Report of the Indian Hemp Drugs Commission, 1894-1895 - Volume IV
Year: 1894
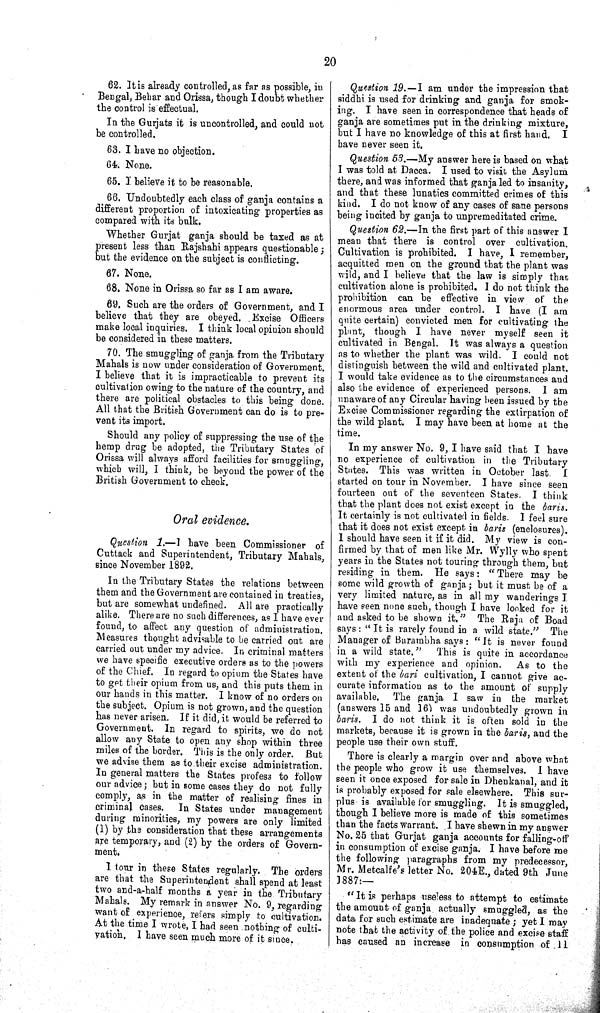
20
62. It is already controlled, as far as possible, in
Bengal, Behar and Orissa, though I doubt whether
the control is effectual.
In the Gurjats it is uncontrolled, and could not
be controlled.
63. I have no objection.
64. None.
65. I believe it to be reasonable.
66. Undoubtedly each class of ganja contains a
different proportion of intoxicating properties as
compared with its bulk.
Whether Gurjat ganja should be taxed as at
present less than Rajshahi appears questionable;
but the evidence on the subject is conflicting.
67. None.
68. None in Orissa so far as I am aware.
69. Such are the orders of Government, and I
believe that they are obeyed. Excise Officers
make local inquiries. I think local opinion should
be considered in these matters.
70. The smuggling of ganja from the Tributary
Mahals is now under consideration of Government.
I believe that it is impracticable to prevent its
cultivation owing to the nature of the country, and
there are political obstacles to this being done.
All that the British Government can do is to pre-
vent its import.
Should any policy of suppressing the use of the
hemp drug be adopted, the Tributary States of
Orissa will always afford facilities for smuggling,
which will, I think, be beyond the power of the
British Government to check.
Oral evidence.
Question 1.—I have been Commissioner of
Cuttack and Superintendent, Tributary Mahals,
since November 1892.
In the Tributary States the relations between
them and the Government are contained in treaties,
but are somewhat undefined. All are practically
alike. There are no such differences, as I have ever
found, to affect any question of administration.
Measures thought advisable to be carried out are
carried out under my advice. In criminal matters
we have specific executive orders as to the powers
of the Chief. In regard to opium the States have
to get their opium from us, and this puts them in
our hands in this matter. I know of no orders on
the subject. Opium is not grown, and the question
has never arisen. If it did, it would be referred to
Government. In regard to spirits, we do not
allow any State to open any shop within three
miles of the border. This is the only order. But
we advise them as to their excise administration.
In general matters the States profess to follow
our advice; but in some cases they do not fully
comply, as in the matter of realising fines in
criminal cases. In States under management
during minorities, my powers are only limited
(1) by the consideration that these arrangements
are temporary, and (2) by the orders of Govern-
ment.
I tour in these States regularly. The orders
are that the Superintendent shall spend at least
two and-a-half months a year in the Tributary
Mahals. My remark in answer No. 9, regarding
want of experience, refers simply to cultivation.
At the time I wrote, I had seen nothing of culti-
vation. I have seen much more of it since.
Question 19.—I am under the impression that
siddhi is used for drinking and ganja for smok-
ing. I have seen in correspondence that heads of
ganja are sometimes put in the drinking mixture,
but I have no knowledge of this at first hand. I
have never seen it.
Question 53.—My answer here is based on what
I was told at Dacca. I used to visit the Asylum
there, and was informed that ganja led to insanity,
and that these lunatics committed crimes of this
kind. I do not know of any cases of sane persons
being incited by ganja to unpremeditated crime.
Question 62.—In the first part of this answer I
mean that there is control over cultivation.
Cultivation is prohibited. I have, I remember,
acquitted men on the ground that the plant was
wild, and I believe that the law is simply that
cultivation alone is prohibited. I do not think the
prohibition can be effective in view of the
enormous area under control. I have (I am
quite certain) convicted men for cultivating the
plant, though I have never myself seen it
cultivated in Bengal. It was always a question
as to whether the plant was wild. I could not
distinguish between the wild and cultivated plant.
I would take evidence as to the circumstances and
also the evidence of experienced persons. I am
unaware of any Circular having been issued by the
Excise Commissioner regarding the extirpation of
the wild plant. I may have been at home at the
time.
In my answer No. 9, I have said that I have
no experience of cultivation in the Tributary
States. This was written in October last. I
started on tour in November. I have since seen
fourteen out of the seventeen States. I think
that the plant does not exist except in the baris.
It certainly is not cultivated in fields. I feel sure
that it does not exist except in baris (enclosures).
I should have seen it if it did. My view is con-
firmed by that of men like Mr. Wylly who spent
years in the States not touring through them, but
residing in them. He says: "There may be
some wild growth of ganja; but it must be of a
very limited nature, as in all my wanderings I
have seen none such, though I have looked for it
and asked to be shown it." The Raja of Boad
says: "It is rarely found in a wild state." The
Manager of Barambha says: "It is never found
in a wild state." This is quite in accordance
with my experience and opinion. As to the
extent of the bari cultivation, I cannot give ac-
curate information as to the amount of supply
available. The ganja I saw in the market
(answers 15 and 16) was undoubtedly grown in
baris. I do not think it is often sold in the
markets, because it is grown in the baris, and the
people use their own stuff.
There is clearly a margin over and above what
the people who grow it use themselves. I have
seen it once exposed for sale in Dhenkanal, and it
is probably exposed for sale elsewhere. This sur-
plus is available for smuggling. It is smuggled,
though I believe more is made of this sometimes
than the facts warrant. I have shewn in my answer
No. 25 that Gurjat ganja accounts for falling-off
in consumption of excise ganja. I have before me
the following paragraphs from my predecessor,
Mr. Metcalfe's letter No. 204E., dated 9th June
1887:—
"It is perhaps useless to attempt to estimate
the amount of ganja actually smuggled, as the
data for such estimate are inadequate; yet I may
note that the activity of the police and excise staff
has caused an increase in consumption of 11